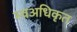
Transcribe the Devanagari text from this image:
स्वअधिकृत